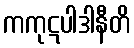
ကကုဋပါဒါနီတိ